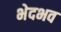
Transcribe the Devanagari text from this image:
भेदभव